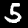
Label: 5